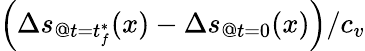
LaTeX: \left(\Delta s_{@t=t_{f}^{\ast}}(x)-\Delta s_{@t=0}(x)\right)/c_{v}